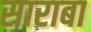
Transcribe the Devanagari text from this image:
साराबा